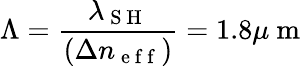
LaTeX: \Lambda=\frac{\lambda_{\mathrm{~S~H~}}}{(\Delta n_{\mathrm{~e~f~f~}})}=1.8\mu\mathrm{~m~}